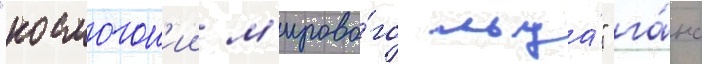
"космогон'ии м'ирово́го льда́" га́нс